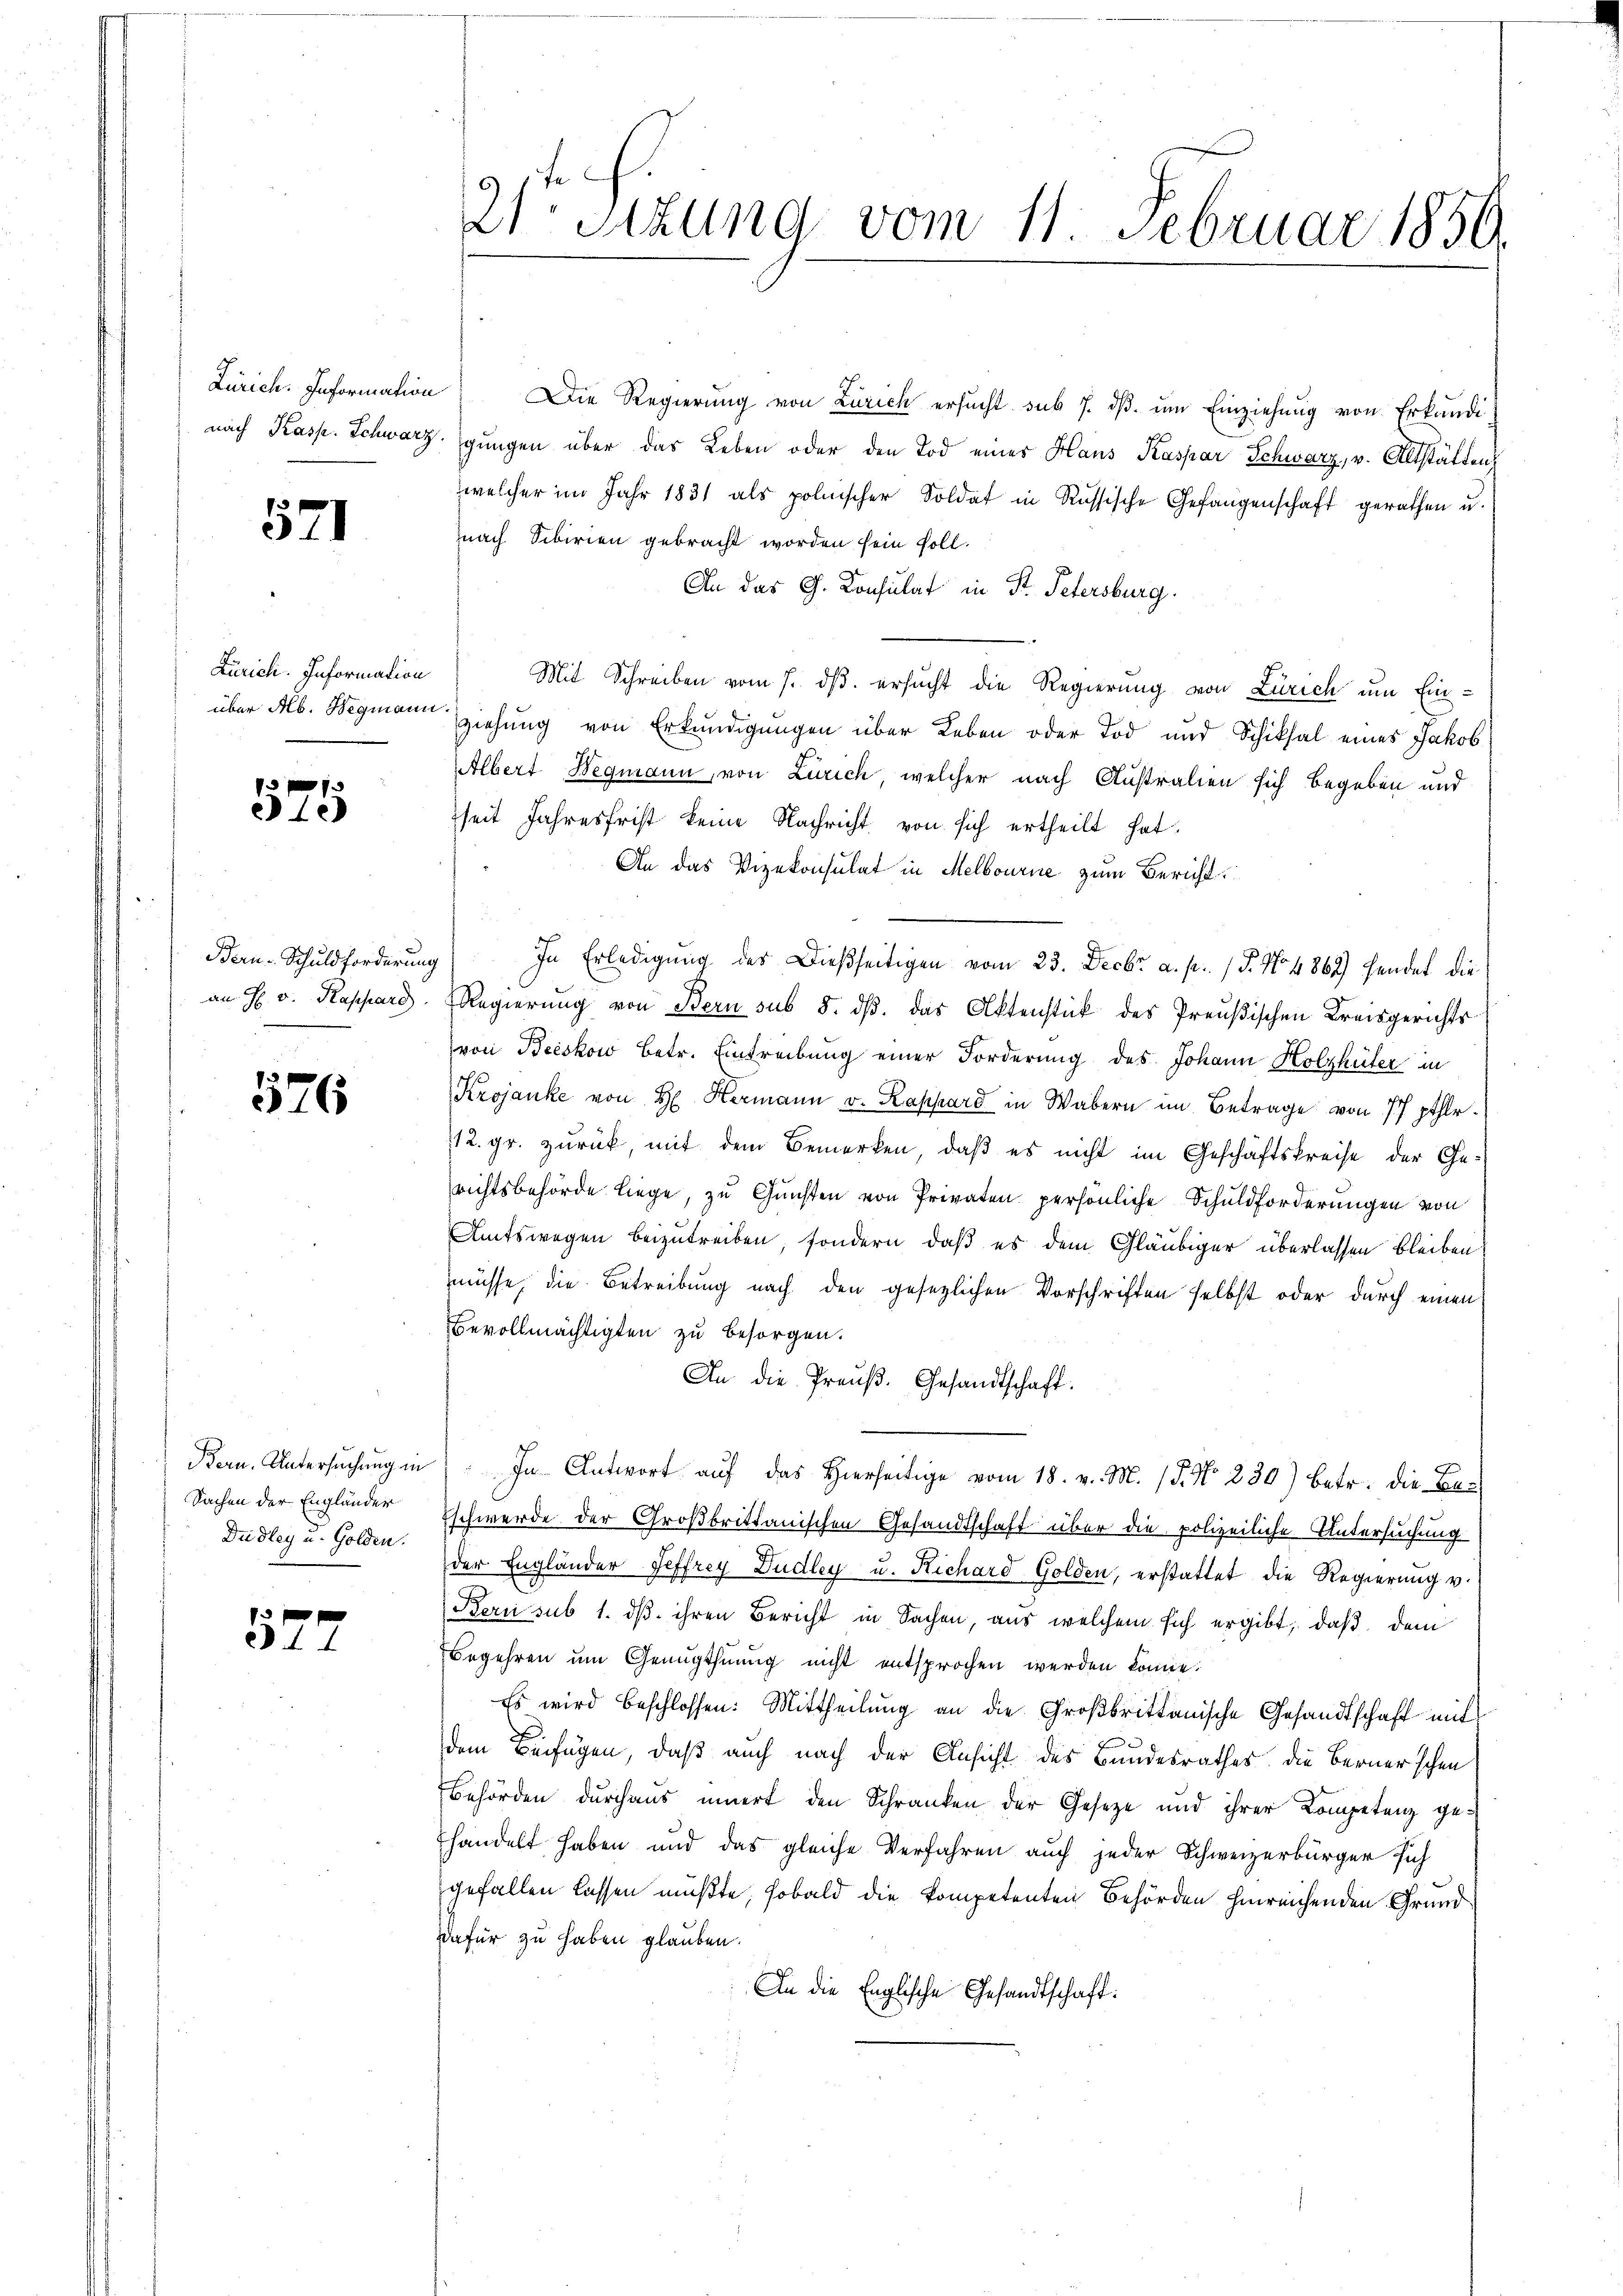
521

Zürich. Information
über Ab. Wegmann

x
ele

Bern-Schuldforderung
an H. v. Kassard

1576

Bern. Untersuchung in
Sachen der Engländer
Dudley u. Golden.

52.

21ten Sizung vom 11. Februar 1859.

Zürich. Information Die Regierung von Zürich ersucht sub 7. dβ ŭm Einziehung von Erkundi
nach Kasp. Schwarz, gungen über das Leben oder den Tod einer Haus Kaspar Schwarz, v. Altstätten
welcher im Jahr 1831 als polnischer Soldat in Russische Gefangenschaft gerathen u.
nach Sibirien gebracht worden sein soll.
An das G. Consulat in St. Petersburg.
Mit Schreiben vom 7. ds. ersucht die Regierung von Zürich um Einb
ziehung von Erkundigungen über Leben oder Tod und Schiksal eines Jakob
AAlbert Wegmann, von Zürich, welcher nach Australien sich begeben und
seit Jahresfrist keine Nachricht von sich ertheilt hat.
An das Vizekonsulat in Melbourne zum Bericht
In Erledigung des Dießseitigen vom 23. Decbr a. p. / P. No. 4862) hendet die
Regierung von Bern sub 5. dß. das Aktenstück des Preußischen Kreisgerichts
von Beeskow betr. Eintreibung einer Forderung des Johann Holzhüter in
Krojanke von H. Hermann v. Rappard in Wabern im Betrage von 77 pthlr.
112. gr. zurück, mit dem Bemerken, daß es nicht im Geschäftskreise der Gerichtsbehörde liege, zu Gunsten von Privaten persönliche Schuldforderungen von
Amtswegen beizutreiben, sondern, daß es dem Gläubiger überlassen bleiben
müsse, die Betreibung nach den gesetzlichen Vorschriften selbst oder durch einen
Bevollmächtigten zu besorgen.
An die Preuß. Gesandtschaft.
In Antwort auf das Hierseitige vom 18. v. M. 15. No. 230) betr. die Be-
Eschwerde der Großbrittanischen Gesandtschaft über die polizeiliche Untersuchung
der Engländer Seffrey Dudley u. Richard Golden, erstattet die Regierung v.
Bern sub 1. dβ ihren Bericht in Sachen, aus welchem sich ergibt, daß dem
Begehren um Genugthuung nicht entsprochen werden könne.
Es wird beschlossen: Mittheilung an die Großbrittanische Gesandtschaft mit
dem Beifügen, daß auch nach der Ansicht des Bundesrathes die Bernerschen
Behörden durchaus innert den Schranken der Geseze und ihrer Kompetenz ge-
handelt haben und das gleiche Verfahren auch jeder Schweizerbürger sich
gefallen lassen müßte, sobald die kompetenten Behörden hinreichenden Grund¬
Dafür zu haben glauben.
An die Englische Gesandtschaft: